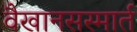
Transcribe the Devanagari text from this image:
वैखानसस्मार्त